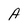
Character: A